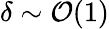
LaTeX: \delta\sim\mathcal{O}(1)